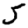
Digit: 5